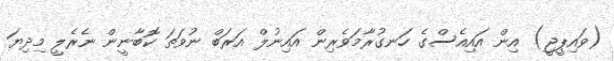
(ވައިޕީޖީ) އިން އައިއެސްގެ ހަނގުރާމަވެރިން އައިނުލް އަރަބް ނުވަތަ ކޮބާނީން ނެރެލީ މިދިޔަ